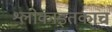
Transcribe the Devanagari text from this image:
श्लोकाइतकाच